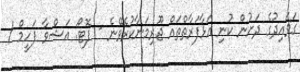
ގަވައިދުގެ ދަށުން ކުނި އަޅާފަރާތްތައް ޖޫރިމަނާކުރެވޭނެ - ފޮޓޯ: އަޝްވާ ފަހީމް /